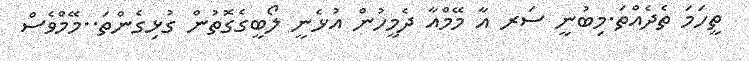
ތީހަމަ ތެދެއްތަ.މިބުނީ ސަރ އާ މޭމްއާ ދެމީހުން އުޅެނީ ލޯބީގެގޮތުން ގުޅިގެންތަ..މޭމްވެސް